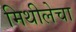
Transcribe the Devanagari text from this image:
मिथीलेचा